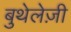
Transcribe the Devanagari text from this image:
बुथेलेज़ी